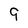
Character: 9